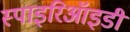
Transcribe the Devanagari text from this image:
स्पाइरिऑइडी